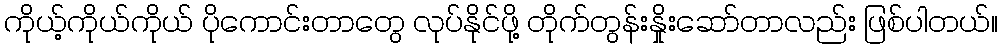
ကိုယ့်ကိုယ်ကိုယ် ပိုကောင်းတာတွေ လုပ်နိုင်ဖို့ တိုက်တွန်းနှိုးဆော်တာလည်း ဖြစ်ပါတယ်။